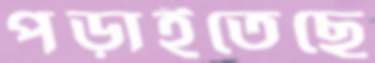
পড়াইতেছে